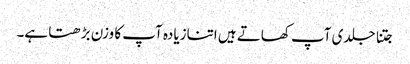
جتنا جلدی آپ کھاتے ہیں اتنازیادہ آپ کا وزن بڑھتا ہے۔